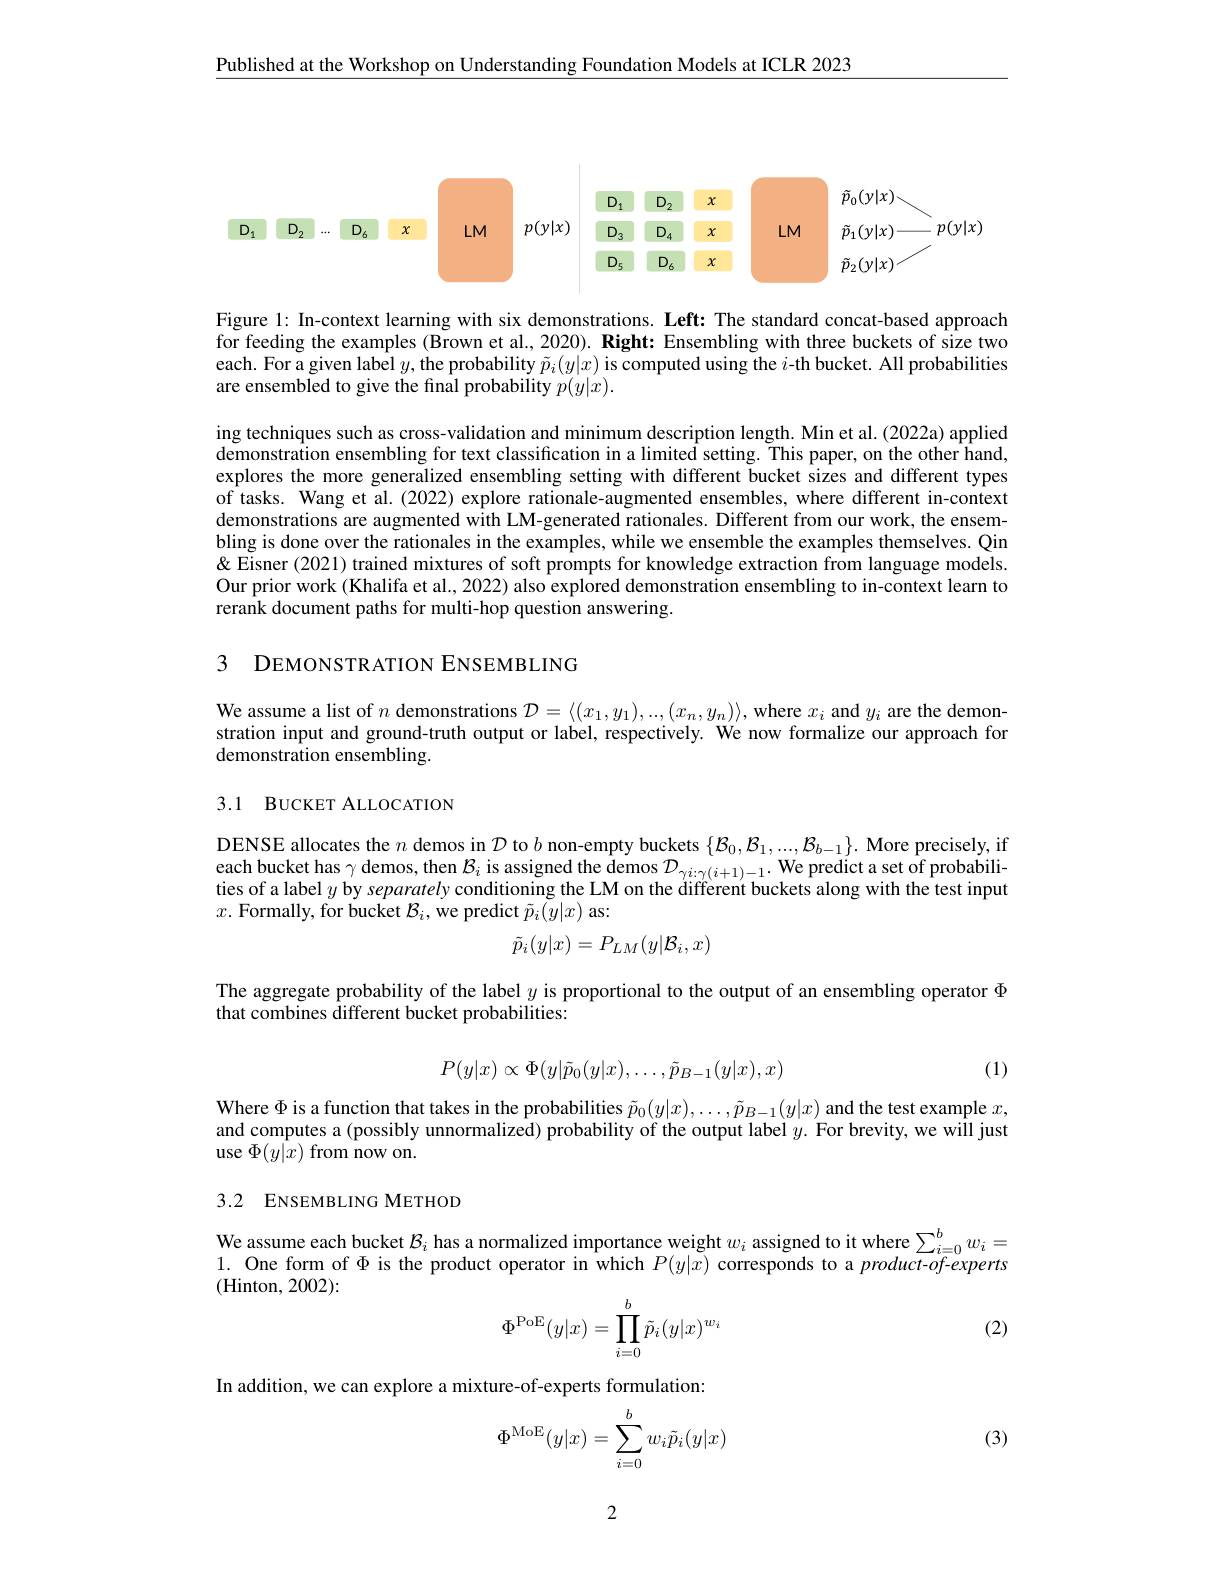
Published at the Workshop on Understanding Foundation Models at ICLR 2023

<FigureHere>

Figure 1: In-context learning with six demonstrations. Left: The standard concat-based approach for feeding the examples (Brown et al., 2020). Right: Ensembling with three buckets of size two each. For a given label $y$,the probability $\tilde{p}_i(y|x)$ is computed using the $i$-th bucket. All probabilities are ensembled to give the final probability $p(y|x).$

ing techniques such as cross-validation and minimum description length. Min et al.(2022a) applied $\tilde{\text{demonstration ensembling for text classification in a limited setting. This paper, on the other hand,}}$ explores the more generalized ensembling setting with different bucket sizes and different types of tasks. Wang et al. (2022) explore rationale-augmented ensembles, where different in-context demonstrations are augmented with LM-generated rationales. Different from our work, the ensembling is done over the rationales in the examples, while we ensemble the examples themselves. Qin & & Eisner (2021) trained mixtures of soft prompts for knowledge extraction from language models. Our prior work (Khalifa et al., 2022) also explored demonstration ensembling to in-context learn to rerank document paths for multi-hop question answering.

3 DEMONSTRATION ENSEMBLING

We assume a list of $n$ demonstrations $\mathcal{D}=\langle(x_1,y_1),...,(x_n,y_n)\rangle$, where $x_i$ and $y_i$ are the demonstration input and ground-truth output or label, respectively. We now formalize our approach for demonstration ensembling.

## 3.1 BUCKET ALLOCATION

DENSE allocates the $n$ demos in $\mathcal{D}$ to $b$ non-empty buckets $\{\mathcal{B}_0,\mathcal{B}_1,...,\mathcal{B}_{b-1}\}.$ More precisely, if each bucket has $\gamma$ demos, then $\mathcal{B}_i$ is assigned the demos $\mathcal{D} _\gamma i: \gamma ( i+ 1) - 1.$ We predict a set of probabili- ties of a label $y$ by separately conditioning the LM on the diffèrent buckets along with the test input $x.$ Formally, for bucket $\mathcal{B}_i$, we predict $\tilde{p}_i(\bar{y}|x)$ as:
$$\tilde{p}_{i}(y|x)=P_{LM}(y|\mathcal{B}_{i},x)$$
The aggregate probability of the label $y$ is proportional to the output of an ensembling operator $\Phi$
that combines different bucket probabilities:
$$P(y|x)\propto\Phi(y|\tilde{p}_0(y|x),\ldots,\tilde{p}_{B-1}(y|x),x)$$
(1)

Where $\Phi$ is a function that takes in the probabilities $\tilde{p}_0(y|x),\ldots,\tilde{p}_{B-1}(y|x)$ and the test example $x$, and computes a (possibly unnormalized) probability of the output label $y.$ For brevity, we will just use $\Phi(y|x)$ from now on.

## 3.2 ENSEMBLING METHOD

We assume each bucket $\mathcal{B}_i$ has a normalized importance weight $w_i$ assigned to it where $\sum_i=0^bw_i=$ 1. One form of $\Phi$ is the product operator in which $P(y|\tilde{x})$ corresponds to a product-of-experts (Hinton, 2002):
$$\Phi^{\text{PoE}}(y|x)=\prod_{i=0}^b\tilde{p}_i(y|x)^{w_i}$$
(2)

In addition, we can explore a mixture-of-experts formulation:
$$\Phi^{\mathrm{MoE}}(y|x)=\sum_{i=0}^bw_i\tilde{p}_i(y|x)$$
(3)

2